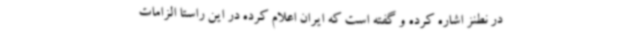
در نطنز اشاره کرده و گفته است که ایران اعلام کرده در این راستا الزامات